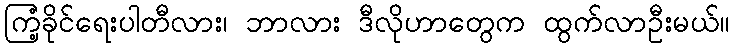
ကြံ့ခိုင်ရေးပါတီလား၊ ဘာလား ဒီလိုဟာတွေက ထွက်လာဦးမယ်။